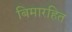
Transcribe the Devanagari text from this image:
बिमारहित